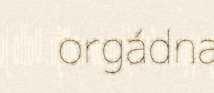
orgádna